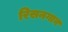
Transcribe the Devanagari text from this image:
रिसनगाव